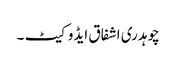
چوہدری اشفاق ایڈوکیٹ ۔